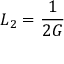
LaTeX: L _ { 2 } = { \frac { 1 } { 2 G } }